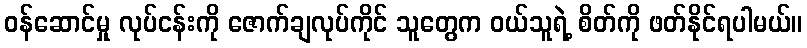
ဝန်ဆောင်မှု လုပ်ငန်းကို ဇောက်ချလုပ်ကိုင် သူတွေက ဝယ်သူရဲ့ စိတ်ကို ဖတ်နိုင်ရပါမယ်။